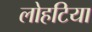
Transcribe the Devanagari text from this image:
लोहटिया